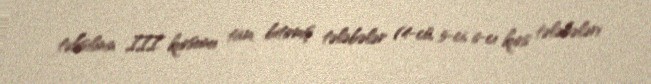
təhsilinin III kursunu tam bitirmiş tələbələr (4-cü, 5-ci, 6-cı kurs tələbələri